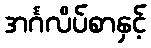
အင်္ဂလိပ်စာနှင့်